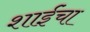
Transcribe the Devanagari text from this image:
शाईंचा